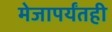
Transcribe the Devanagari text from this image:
मेजापर्यंतही